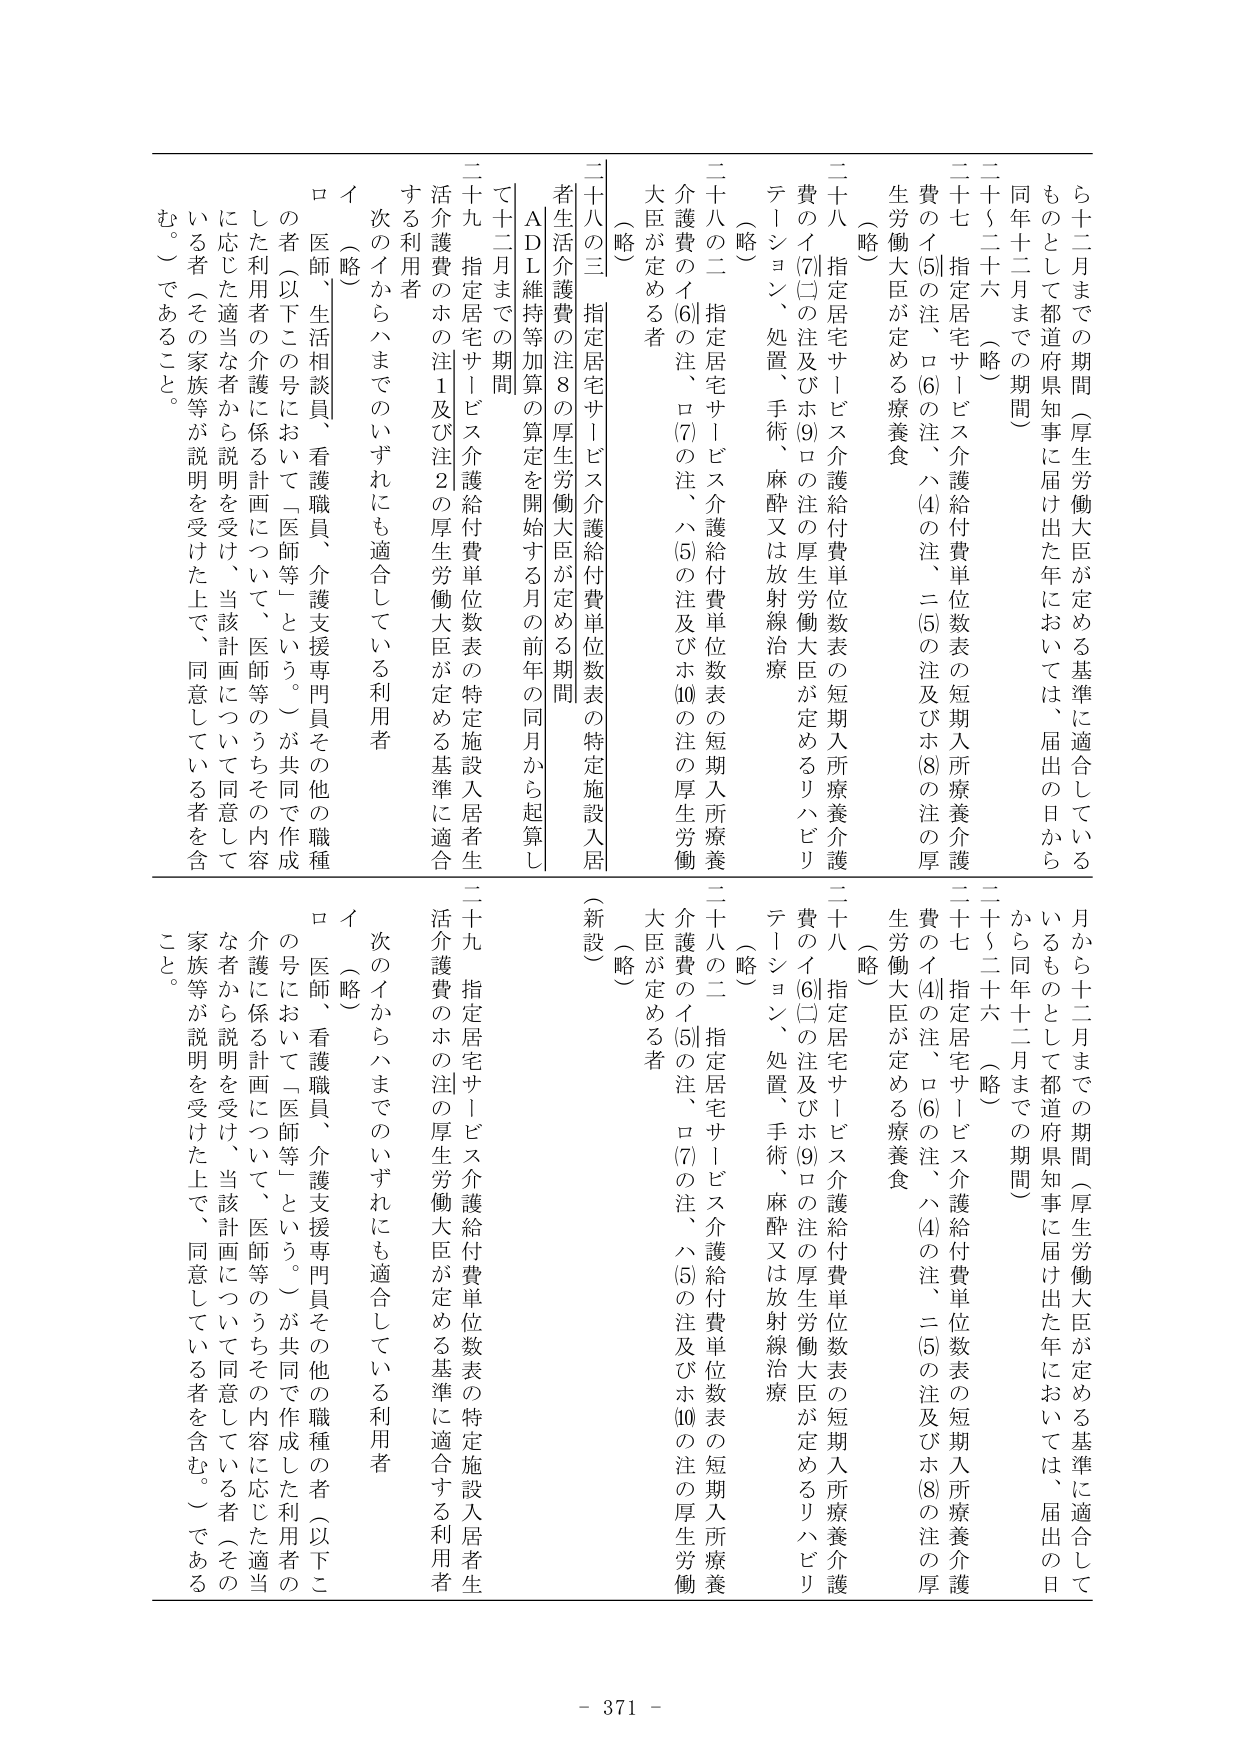
ら十二月までの期間（厚生労働大臣が定める基準に適合しているものとして都道府県知事に届け出た年においては、届出の日から同年十二月までの期間）

二十八 指定居宅サービス介護給付費単位数表の短期入所療養介護費のイ(5)の注、ロ(6)の注、ハ(4)の注、ニ(5)の注及びホ(8)の注の厚生労働大臣が定める療養食

（略）

二十八の二 指定居宅サービス介護給付費単位数表の短期入所療養介護費のイ(6)の注、ロ(7)の注、ハ(5)の注及びホ(10)の注の厚生労働大臣が定める者

（略）

二十八の三 指定居宅サービス介護給付費単位数表の特定施設入居者生活介護費の注8の厚生労働大臣が定める期間

ADL維持等加算の算定を開始する月の前年の同月から起算して十二月までの期間

二十九 指定居宅サービス介護給付費単位数表の特定施設入居者生活介護費のホの注1及び注2の厚生労働大臣が定める基準に適合する利用者

イ 次のイからハまでのいずれにも適合している利用者

ロ 医師、生活相談員、看護職員、介護支援専門員その他の職種の者（以下この号において「医師等」という。）が共同で作成した利用者の介護に係る計画について、医師等のうちその内容に応じた適当な者から説明を受け、当該計画について同意している者（その家族等が説明を受けた上で、同意している者を含む。）であること。

月から十二月までの期間（厚生労働大臣が定める基準に適合しているものとして都道府県知事に届け出た年においては、届出の日から同年十二月までの期間）

二十七 指定居宅サービス介護給付費単位数表の短期入所療養介護費のイ(4)の注、ロ(6)の注、ハ(4)の注、ニ(5)の注及びホ(8)の注の厚生労働大臣が定める療養食

（略）

二十八 指定居宅サービス介護給付費単位数表の短期入所療養介護費のイ(6)の注及びホ(9)の注の厚生労働大臣が定めるリハビリテーション、処置、手術、麻酔又は放射線治療

（略）

二十八の二 指定居宅サービス介護給付費単位数表の短期入所療養介護費のイ(5)の注、ロ(7)の注、ハ(5)の注及びホ(10)の注の厚生労働大臣が定める者

（略）

二十八の三 指定居宅サービス介護給付費単位数表の特定施設入居者生活介護費の注8の厚生労働大臣が定める期間

ADL維持等加算の算定を開始する月の前年の同月から起算して十二月までの期間

二十九 指定居宅サービス介護給付費単位数表の特定施設入居者生活介護費のホの注の厚生労働大臣が定める基準に適合する利用者

イ 次のイからハまでのいずれにも適合している利用者

ロ 医師、看護職員、介護支援専門員その他の職種の者（以下この号において「医師等」という。）が共同で作成した利用者の介護に係る計画について、医師等のうちその内容に応じた適当な者から説明を受け、当該計画について同意している者（その家族等が説明を受けた上で、同意している者を含む。）であること。

- 371 -